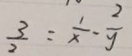
\frac { 3 } { 2 } = \frac { 1 } { x } \cdot \frac { 2 } { y }